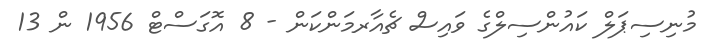
މުނިސިޕަލް ކައުންސިލްގެ ވައިސް ޗެއާރމަންކަން - 8 އޮގަސްޓް 1956 ން 13